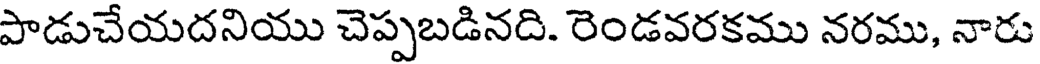
పాడుచేయదనియు చెప్పబడినది. రెండవరకము నరము, నారు